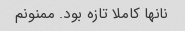
نانها کاملا تازه بود. ممنونم